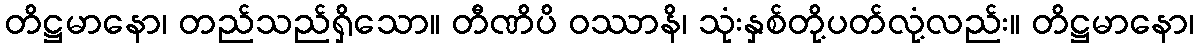
တိဋ္ဌမာနော၊ တည်သည်ရှိသော။ တီဏိပိ ဝဿာနိ၊ သုံးနှစ်တို့ပတ်လုံ့လည်း။ တိဋ္ဌမာနော၊